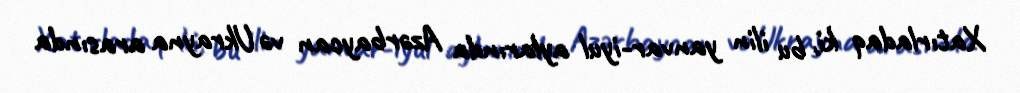
Xatırladaq ki, bu ilin yanvar-iyul aylarında Azərbaycan və Ukrayna arasında